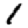
Digit: 1